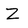
Character: z